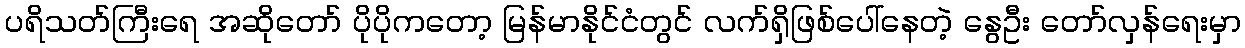
ပရိသတ်ကြီးရေ အဆိုတော် ပိုပိုကတော့ မြန်မာနိုင်ငံတွင် လက်ရှိဖြစ်ပေါ်နေတဲ့ နွေဦး တော်လှန်ရေးမှာ